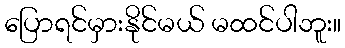
ပြောရင်မှားနိုင်မယ် မထင်ပါဘူး။